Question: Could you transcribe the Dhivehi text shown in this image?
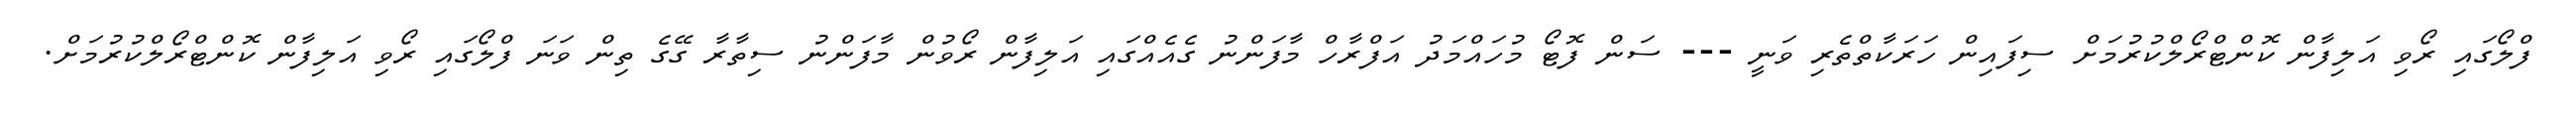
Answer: ފްލޯގައި ރޯވި އަލިފާން ކޮންޓްރޯލްކުރުމަށް ސިފައިން ހަރަކާތްތެރި ވަނީ --- ސަން ފޮޓޯ މުހައްމަދު އަފްރާހް މާފަންނު ގެއެއްގައި އަލިފާން ރޯވުން މާފަންނު ސިތާރާ ގޭގެ ތިން ވަނަ ފްލޯގައި ރޯވި އަލިފާން ކޮންޓްރޯލްކުރުމަށް.